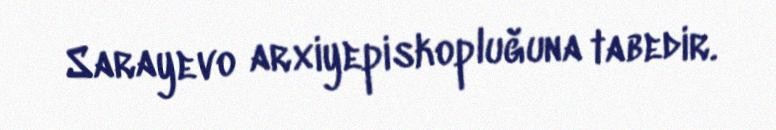
Sarayevo arxiyepiskopluğuna tabedir.